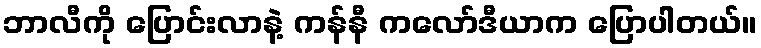
ဘာလီကို ပြောင်းလာနဲ့ ကန်နီ ကလော်ဒီယာက ပြောပါတယ်။